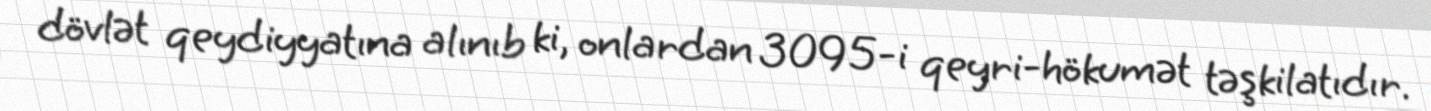
dövlət qeydiyyatına alınıb ki, onlardan 3095-i qeyri-hökumət təşkilatıdır.